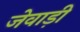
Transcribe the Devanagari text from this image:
जेवाड़ी